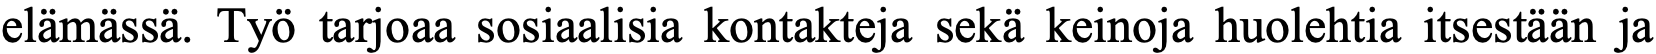
elämässä. Työ tarjoaa sosiaalisia kontakteja sekä keinoja huolehtia itsestään ja